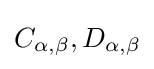
C_{\alpha ,\beta },D_{\alpha ,\beta }